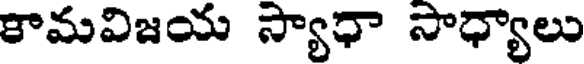
కామవిజయ స్యాధా సాధ్యాలు